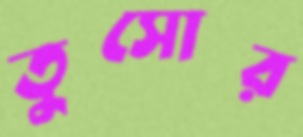
তুসোর